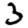
Digit: 3